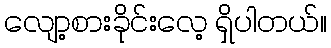
လျော့စားခိုင်းလေ့ ရှိပါတယ်။